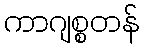
ကာဂျစ္စတန်